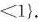
<1\}.